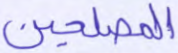
المصلحين